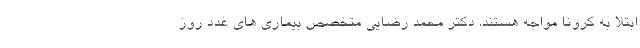
ابتلا به کرونا مواجه هستند. دکتر محمد رضایی متخصص بیماری های غدد روز